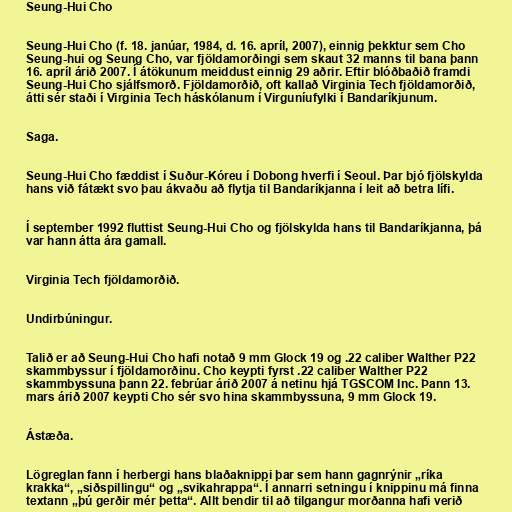
Seung-Hui Cho

Seung-Hui Cho (f. 18. janúar, 1984, d. 16. apríl, 2007), einnig þekktur sem Cho
Seung-hui og Seung Cho, var fjöldamorðingi sem skaut 32 manns til bana þann
16. apríl árið 2007. Í átökunum meiddust einnig 29 aðrir. Eftir blóðbaðið framdi
Seung-Hui Cho sjálfsmorð. Fjöldamorðið, oft kallað Virginia Tech fjöldamorðið,
átti sér staði í Virginia Tech háskólanum í Virguníufylki í Bandaríkjunum.

Saga.

Seung-Hui Cho fæddist í Suður-Kóreu í Dobong hverfi í Seoul. Þar bjó fjölskylda
hans við fátækt svo þau ákvaðu að flytja til Bandaríkjanna í leit að betra lífi.

Í september 1992 fluttist Seung-Hui Cho og fjölskylda hans til Bandaríkjanna, þá
var hann átta ára gamall.

Virginia Tech fjöldamorðið.

Undirbúningur.

Talið er að Seung-Hui Cho hafi notað 9 mm Glock 19 og .22 caliber Walther P22
skammbyssur í fjöldamorðinu. Cho keypti fyrst .22 caliber Walther P22
skammbyssuna þann 22. febrúar árið 2007 á netinu hjá TGSCOM Inc. Þann 13.
mars árið 2007 keypti Cho sér svo hina skammbyssuna, 9 mm Glock 19.

Ástæða.

Lögreglan fann í herbergi hans blaðaknippi þar sem hann gagnrýnir „ríka
krakka“, „siðspillingu“ og „svikahrappa“. Í annarri setningu í knippinu má finna
textann „þú gerðir mér þetta“. Allt bendir til að tilgangur morðanna hafi verið